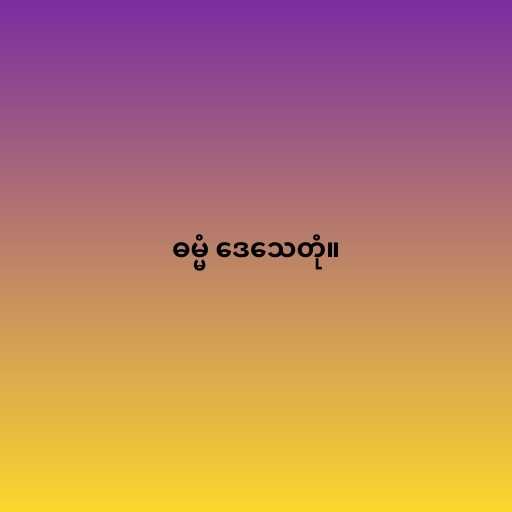
ဓမ္မံ ဒေသေတုံ။